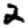
Digit: 2